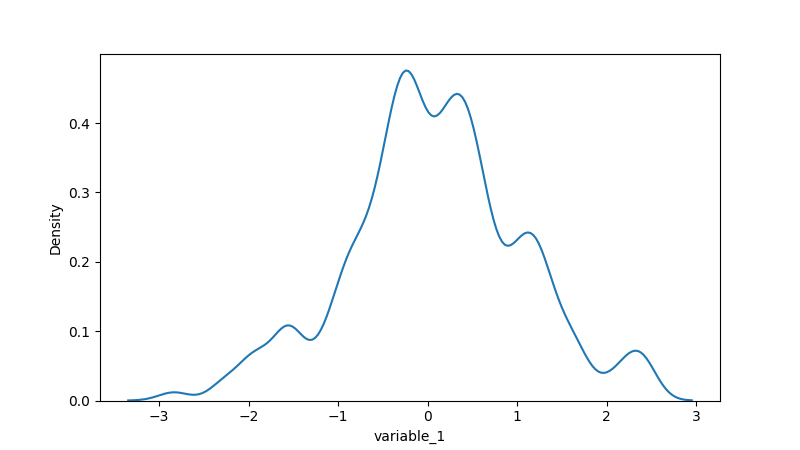
python, seaborn, kdeplot, hue='None', fill=False, bw_adjust=0.5